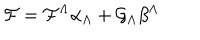
{ \cal F } = { \cal F } ^ { \Lambda } \alpha _ { \Lambda } + { \cal G } _ { \Lambda } \beta ^ { \Lambda }